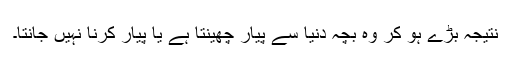
نتیجہ بڑے ہو کر وہ بچہ دنیا سے پیار چھینتا ہے یا پیار کرنا نہیں جانتا۔